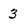
Character: 3